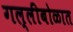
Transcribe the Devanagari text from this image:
गल्लीबोळात